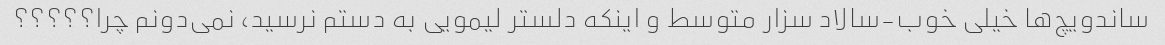
ساندویچ‌ها خیلی خوب-سالاد سزار متوسط و اینکه دلستر لیمویی به دستم نرسید، نمی‌دونم چرا؟؟؟؟؟